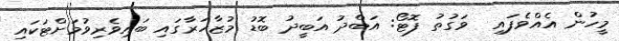
މީހުން އެއްވެފައި  ވަގުތު ފޮޓޯ: އަބްދު އަބީދު ބޮޑު މުޒާހަރާގައި ބައިވެރިވުމަށްޓަކައި